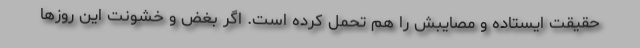
حقیقت ایستاده و مصایبش را هم تحمل کرده است. اگر بغض و خشونت این روزها